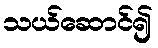
သယ်ဆောင်၍